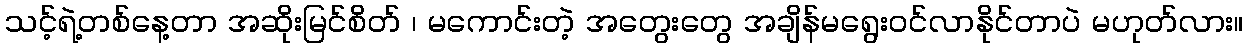
သင့်ရဲ့တစ်နေ့တာ အဆိုးမြင်စိတ် ၊ မကောင်းတဲ့ အတွေးတွေ အချိန်မရွေးဝင်လာနိုင်တာပဲ မဟုတ်လား။